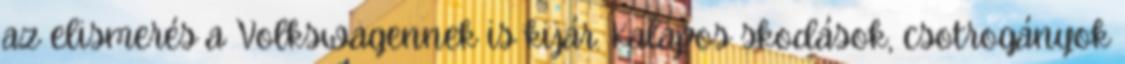
az elismerés a Volkswagennek is kijár. Kalapos skodások, csotrogányok